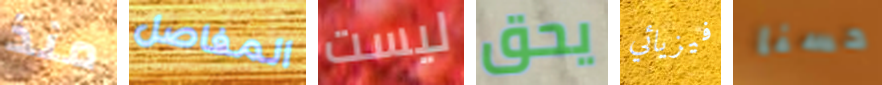
منذ المفاصل ليست يحق فيزيائي حسنا